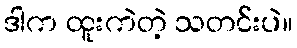
ဒါက ထူးကဲတဲ့ သတင်းပဲ။